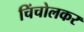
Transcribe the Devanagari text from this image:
चिंचोलकर